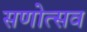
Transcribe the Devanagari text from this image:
सणोत्सव